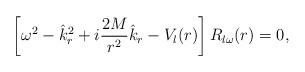
LaTeX: \begin{align*}\left[\omega^2-\hat k_r^2+i{2M\over r^2}\hat k_r-V_l(r)\right]R_{l\omega}(r)=0,\end{align*}